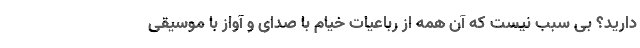
دارید؟ بی سبب نیست که آن همه از رباعیات خیام با صدای و آواز با موسیقی